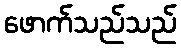
ဖောက်သည်သည်